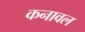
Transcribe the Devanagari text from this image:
कनावल